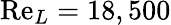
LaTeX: \mathrm{Re}_{L}=18,500